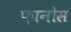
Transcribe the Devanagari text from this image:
फ़ानोस